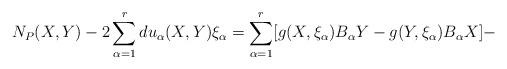
LaTeX: \begin{align*}N_{P}(X, Y)-2\sum_{\alpha=1}^{r}du_{\alpha}(X, Y)\xi _{\alpha}= \sum_{\alpha=1}^{r}[g(X, \xi _{\alpha})B_{\alpha}Y-g(Y, \xi _{\alpha})B_{\alpha}X]-\end{align*}